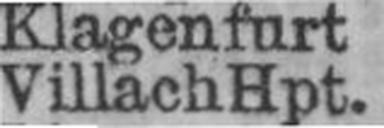
Villach Hpt.